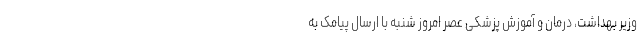
وزیر بهداشت، درمان و آموزش پزشکی عصر امروز شنبه با ارسال پیامک به